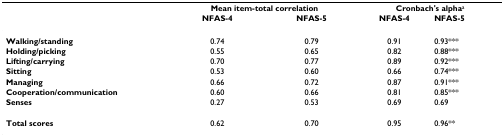
|  | <COLSPAN=2> Mean item-total correlation | <COLSPAN=2> Cronbach's alphaa |
 |  | NFAS-4 | NFAS-5 | NFAS-4 | NFAS-5 |
 | --- | --- | --- | --- | --- |
 | Walking/standing | 0.74 | 0.79 | 0.91 | 0.93*** |
 | Holding/picking | 0.55 | 0.65 | 0.82 | 0.88*** |
 | Lifting/carrying | 0.70 | 0.77 | 0.89 | 0.92*** |
 | Sitting | 0.53 | 0.60 | 0.66 | 0.74*** |
 | Managing | 0.66 | 0.72 | 0.87 | 0.91*** |
 | Cooperation/communication | 0.60 | 0.66 | 0.81 | 0.85*** |
 | Senses | 0.27 | 0.53 | 0.69 | 0.69 |
 | Total scores | 0.62 | 0.70 | 0.95 | 0.96** |